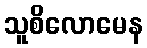
သူစိလောမေန